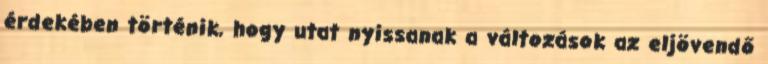
érdekében történik, hogy utat nyissanak a változások az eljövendő